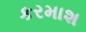
કરમાશ